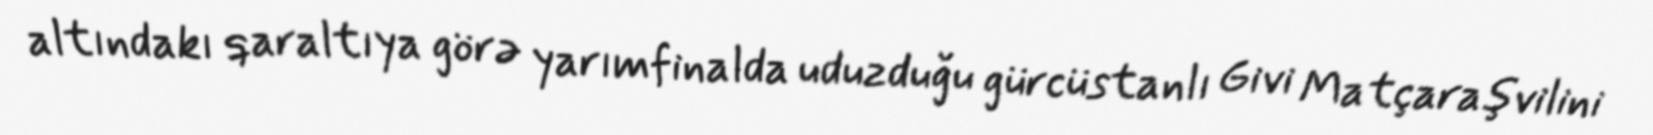
altındakı qaraltıya görə yarımfinalda uduzduğu gürcüstanlı Givi Matçaraşvilini